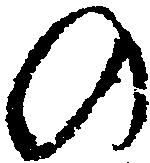
の